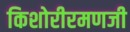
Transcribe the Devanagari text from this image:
किशोरीरमणजी